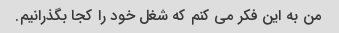
من به این فکر می کنم که شغل خود را کجا بگذرانیم.